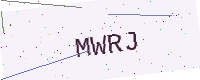
Text: MWRJ